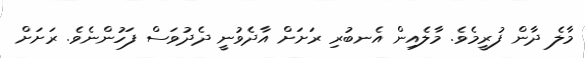
މާލެ ދާން ފުރީމެވެ. މާލެއިން އެނބުރި ރަށަށް އާދެވުނީ ދެދުވަސް ފަހުންނެވެ. ރަށަށް